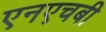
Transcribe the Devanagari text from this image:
एनएचबी